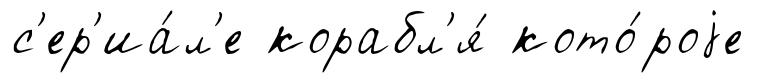
с'ер'иа́л'е корабл'я́ кото́роjе